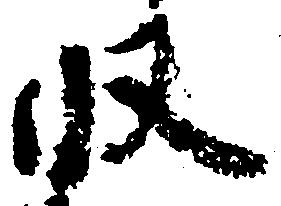
収